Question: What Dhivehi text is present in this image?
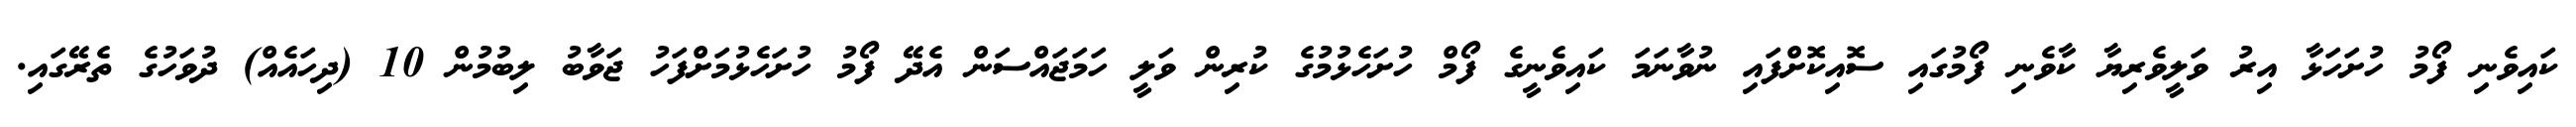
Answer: ކައިވެނި ފޯމު ހުށަހަޅާ އިރު ވަލީވެރިޔާ ކާވެނި ފޯމުގައި ސޮއިކޮށްފައި ނުވާނަމަ ކައިވެނީގެ ފޯމް ހުށަހެޅުމުގެ ކުރިން ވަލީ ހަމަޖައްސަން އެދޭ ފޯމު ހުށަހެޅުމަށްފަހު ޖަވާބު ލިބުމުން 10 (ދިހައެއް) ދުވަހުގެ ތެރޭގައި.